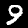
Digit: 9